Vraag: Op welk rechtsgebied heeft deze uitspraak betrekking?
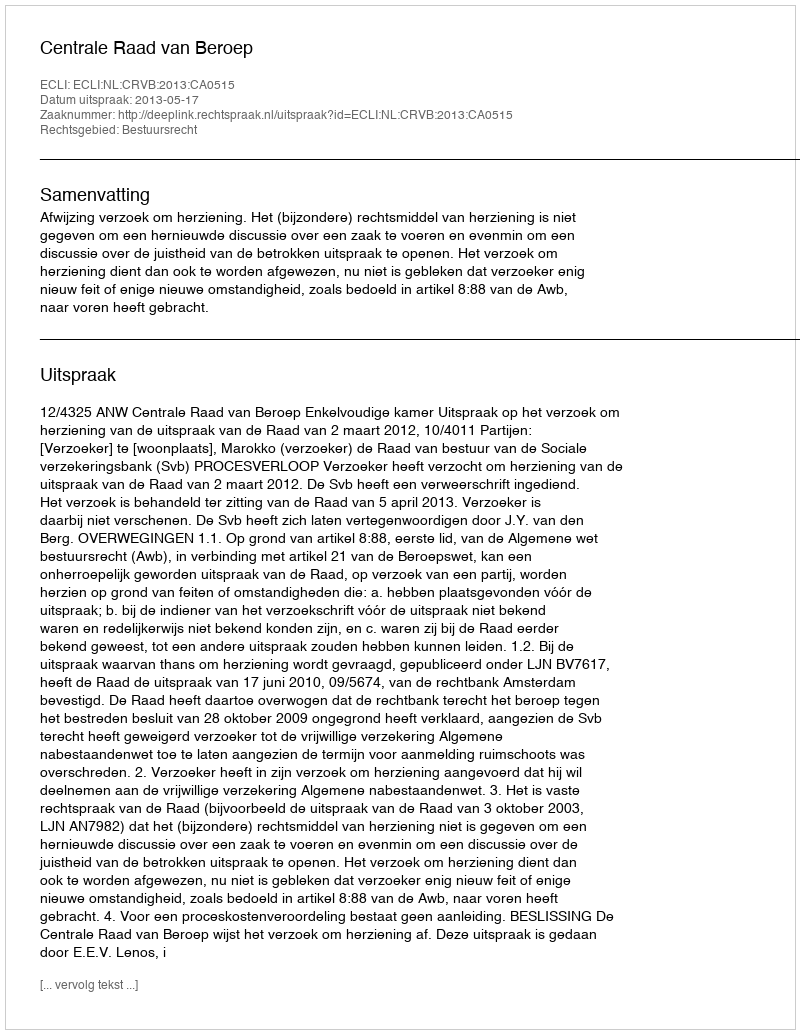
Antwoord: Bestuursrecht